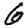
Digit: 6